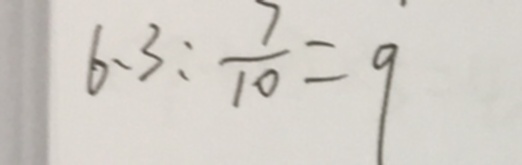
6 . 3 : \frac { 7 } { 1 0 } = 9